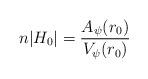
LaTeX: \begin{align*}n|H_0| = \frac{A_\psi(r_0)}{V_\psi(r_0)} \end{align*}